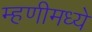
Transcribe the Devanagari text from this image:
म्हणीमध्ये